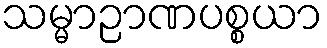
သမ္မာဉာဏပစ္စယာ